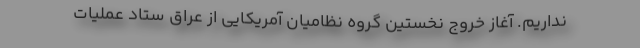
نداریم. آغاز خروج نخستین گروه نظامیان آمریکایی از عراق ستاد عملیات